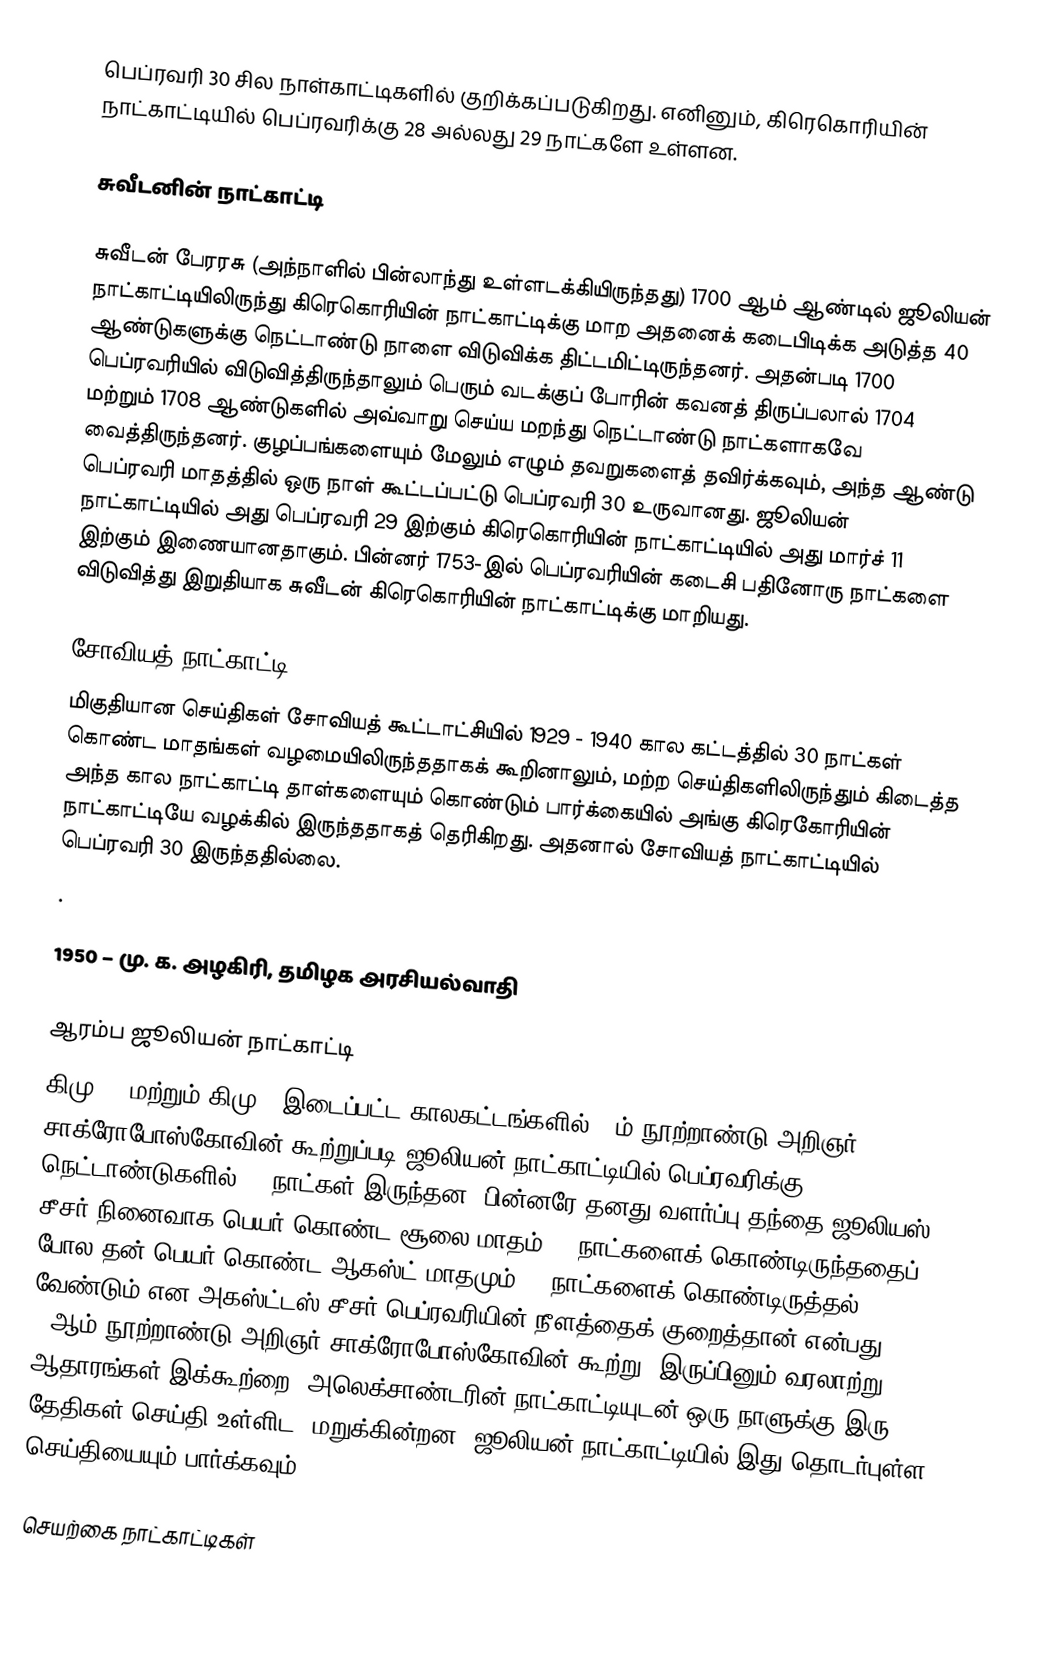
பெப்ரவரி 30 சில நாள்காட்டிகளில் குறிக்கப்படுகிறது. எனினும், கிரெகொரியின் நாட்காட்டியில் பெப்ரவரிக்கு 28 அல்லது 29 நாட்களே உள்ளன.

சுவீடனின் நாட்காட்டி

சுவீடன் பேரரசு (அந்நாளில் பின்லாந்து உள்ளடக்கியிருந்தது) 1700 ஆம் ஆண்டில் ஜூலியன் நாட்காட்டியிலிருந்து கிரெகொரியின் நாட்காட்டிக்கு மாற அதனைக் கடைபிடிக்க அடுத்த 40 ஆண்டுகளுக்கு நெட்டாண்டு நாளை விடுவிக்க திட்டமிட்டிருந்தனர். அதன்படி 1700 பெப்ரவரியில் விடுவித்திருந்தாலும் பெரும் வடக்குப் போரின் கவனத் திருப்பலால் 1704 மற்றும் 1708 ஆண்டுகளில் அவ்வாறு செய்ய மறந்து நெட்டாண்டு நாட்களாகவே வைத்திருந்தனர். குழப்பங்களையும் மேலும் எழும் தவறுகளைத் தவிர்க்கவும், அந்த ஆண்டு பெப்ரவரி மாதத்தில் ஒரு நாள் கூட்டப்பட்டு பெப்ரவரி 30 உருவானது. ஜூலியன் நாட்காட்டியில் அது பெப்ரவரி 29 இற்கும் கிரெகொரியின் நாட்காட்டியில் அது மார்ச் 11 இற்கும் இணையானதாகும். பின்னர் 1753-இல் பெப்ரவரியின் கடைசி பதினோரு நாட்களை விடுவித்து இறுதியாக சுவீடன் கிரெகொரியின் நாட்காட்டிக்கு மாறியது.

சோவியத் நாட்காட்டி
மிகுதியான செய்திகள் சோவியத் கூட்டாட்சியில் 1929 - 1940 கால கட்டத்தில் 30 நாட்கள் கொண்ட மாதங்கள் வழமையிலிருந்ததாகக் கூறினாலும், மற்ற செய்திகளிலிருந்தும் கிடைத்த அந்த கால நாட்காட்டி தாள்களையும் கொண்டும் பார்க்கையில் அங்கு கிரெகோரியின் நாட்காட்டியே வழக்கில் இருந்ததாகத் தெரிகிறது. அதனால் சோவியத் நாட்காட்டியில் பெப்ரவரி 30 இருந்ததில்லை.
.

1950 – மு. க. அழகிரி, தமிழக அரசியல்வாதி

ஆரம்ப ஜூலியன் நாட்காட்டி
கிமு 45 மற்றும் கிமு 8 இடைப்பட்ட காலகட்டங்களில் 13ம் நூற்றாண்டு அறிஞர் சாக்ரோபோஸ்கோவின் கூற்றுப்படி ஜூலியன் நாட்காட்டியில் பெப்ரவரிக்கு நெட்டாண்டுகளில் 30 நாட்கள் இருந்தன; பின்னரே தனது வளர்ப்பு தந்தை ஜூலியஸ் சீசர் நினைவாக பெயர் கொண்ட சூலை மாதம் 31 நாட்களைக் கொண்டிருந்ததைப் போல தன் பெயர் கொண்ட ஆகஸ்ட் மாதமும் 31 நாட்களைக் கொண்டிருத்தல் வேண்டும் என அகஸ்ட்டஸ் சீசர் பெப்ரவரியின் நீளத்தைக் குறைத்தான் என்பது 13ஆம் நூற்றாண்டு அறிஞர் சாக்ரோபோஸ்கோவின் கூற்று. இருப்பினும் வரலாற்று ஆதாரங்கள் இக்கூற்றை, அலெக்சாண்டரின் நாட்காட்டியுடன் ஒரு நாளுக்கு இரு தேதிகள் செய்தி உள்ளிட, மறுக்கின்றன. ஜூலியன் நாட்காட்டியில் இது தொடர்புள்ள செய்தியையும் பார்க்கவும்.

செயற்கை நாட்காட்டிகள்